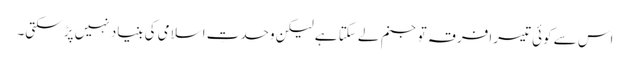
اس سے کوئی تیسرا فرقہ تو جنم لے سکتا ہے لیکن وحدتِ اسلامی کی بنیاد نہیں پڑ سکتی۔